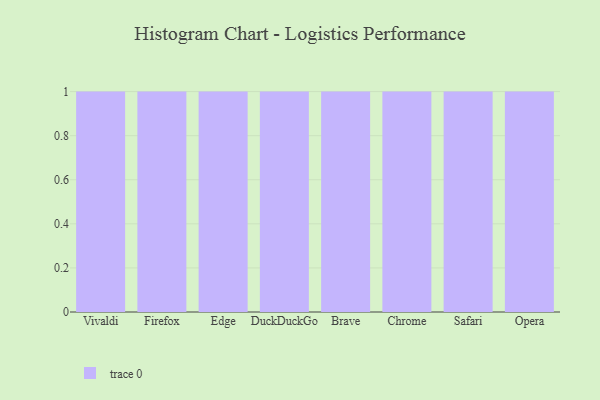
{"axis": {"x": "Browser", "y": "Humidity (%)"}, "legend": [""], "data": [{"x": "Vivaldi", "y": 40, "type": ""}, {"x": "Firefox", "y": 1, "type": ""}, {"x": "Edge", "y": 45, "type": ""}, {"x": "DuckDuckGo", "y": 7, "type": ""}, {"x": "Brave", "y": 41, "type": ""}, {"x": "Chrome", "y": 69, "type": ""}, {"x": "Safari", "y": 60, "type": ""}, {"x": "Opera", "y": 61, "type": ""}]}